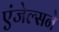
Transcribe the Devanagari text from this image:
एंजेल्सने